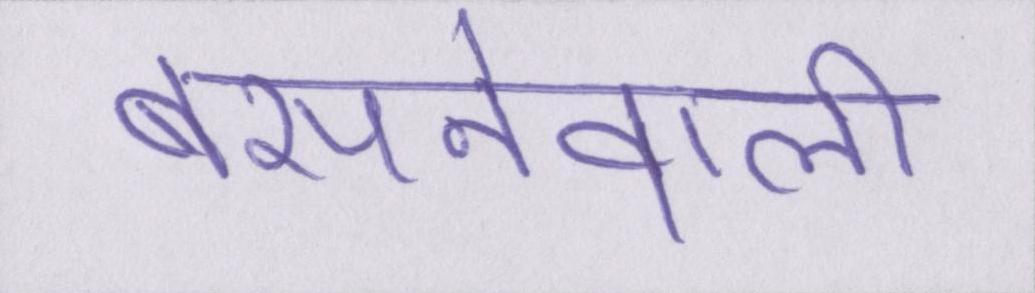
बसनेवाली